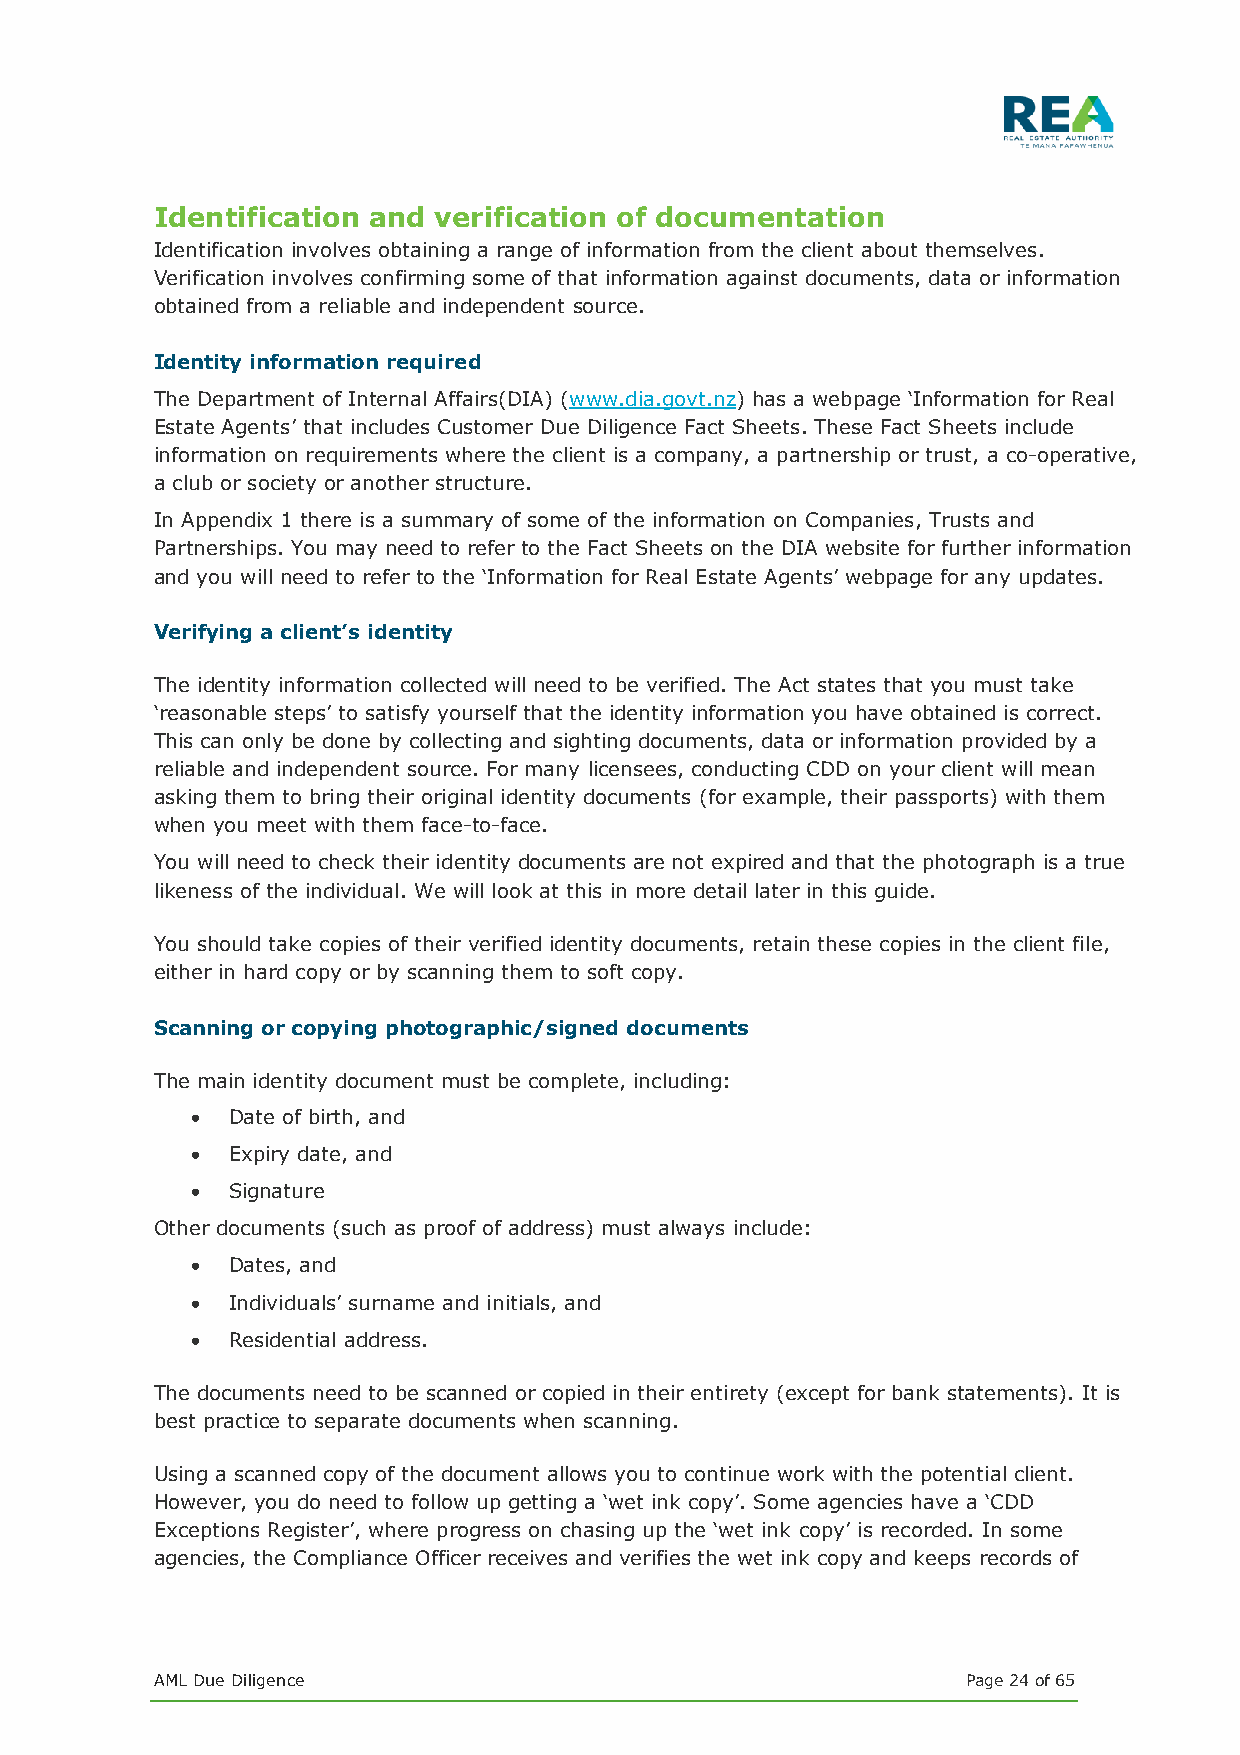
Identification and verification of documentation
 Identification involves obtaining a range of information from the client about themselves.
 Verification involves confirming some of that information against documents, data or information
 obtained from a reliable and independent source.
 Identity information required
 The Department of Internal Affairs(DIA) (www.dia.govt.nz) has a webpage ‘Information for Real
 Estate Agents’ that includes Customer Due Diligence Fact Sheets. These Fact Sheets include
 information on requirements where the client is a company, a partnership or trust, a co-operative,
 a club or society or another structure.
 In Appendix 1 there is a summary of some of the information on Companies, Trusts and
 Partnerships. You may need to refer to the Fact Sheets on the DIA website for further information
 and you will need to refer to the ‘Information for Real Estate Agents’ webpage for any updates.
 Verifying a client’s identity
 The identity information collected will need to be verified. The Act states that you must take
 ‘reasonable steps’ to satisfy yourself that the identity information you have obtained is correct.
 This can only be done by collecting and sighting documents, data or information provided by a
 reliable and independent source. For many licensees, conducting CDD on your client will mean
 asking them to bring their original identity documents (for example, their passports) with them
 when you meet with them face-to-face.
 You will need to check their identity documents are not expired and that the photograph is a true
 likeness of the individual. We will look at this in more detail later in this guide.
 You should take copies of their verified identity documents, retain these copies in the client file,
 either in hard copy or by scanning them to soft copy.
 Scanning or copying photographic/signed documents
 The main identity document must be complete, including:
 • Date of birth, and
 • Expiry date, and
 • Signature
 Other documents (such as proof of address) must always include:
 • Dates, and
 • Individuals’ surname and initials, and
 • Residential address.
 The documents need to be scanned or copied in their entirety (except for bank statements). It is
 best practice to separate documents when scanning.
 Using a scanned copy of the document allows you to continue work with the potential client.
 However, you do need to follow up getting a ‘wet ink copy’. Some agencies have a ‘CDD
 Exceptions Register’, where progress on chasing up the ‘wet ink copy’ is recorded. In some
 agencies, the Compliance Officer receives and verifies the wet ink copy and keeps records of
 AML Due Diligence                                     Page 24 of 65